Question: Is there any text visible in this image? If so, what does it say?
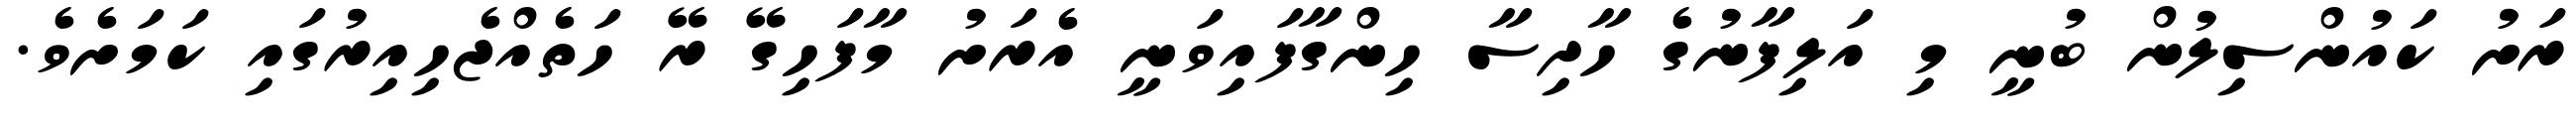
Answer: ރަށު ކައުންސިލުން ބުނީ މި އަލިފާނުގެ ހާދިސާ ހިންގާފައިވަނީ އެރަށު މާފަހިގޭ ރޭ ހަތެއްޖެހިއިރުގައި ކަމަށެވެ.